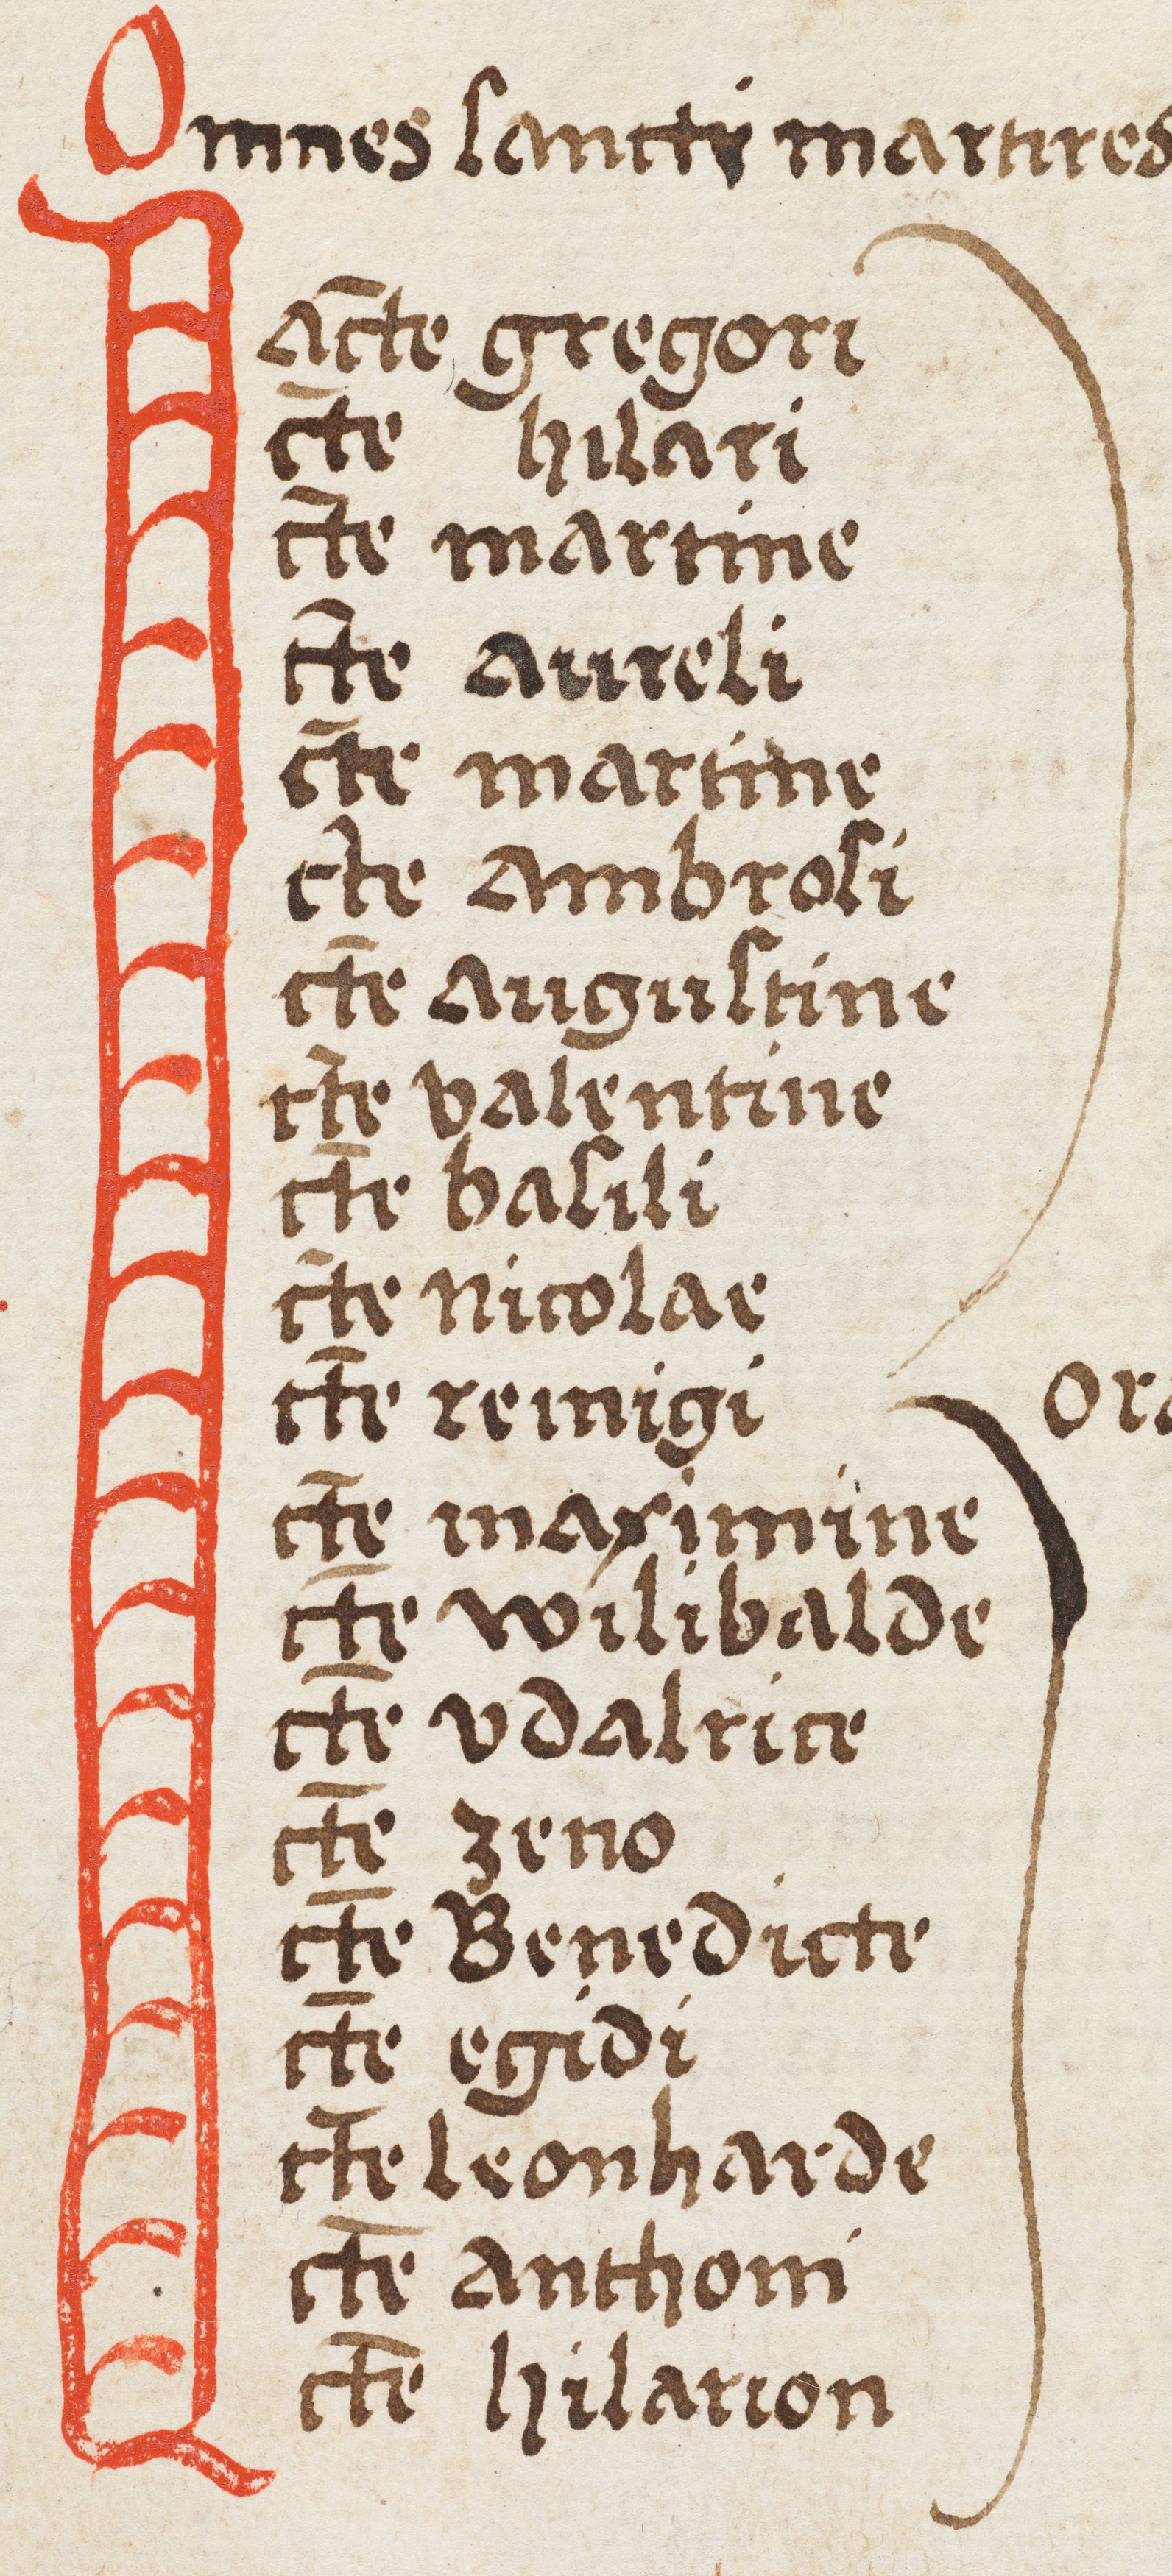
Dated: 1400–1499